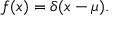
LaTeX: f ( x ) = \delta ( x - \mu ) .